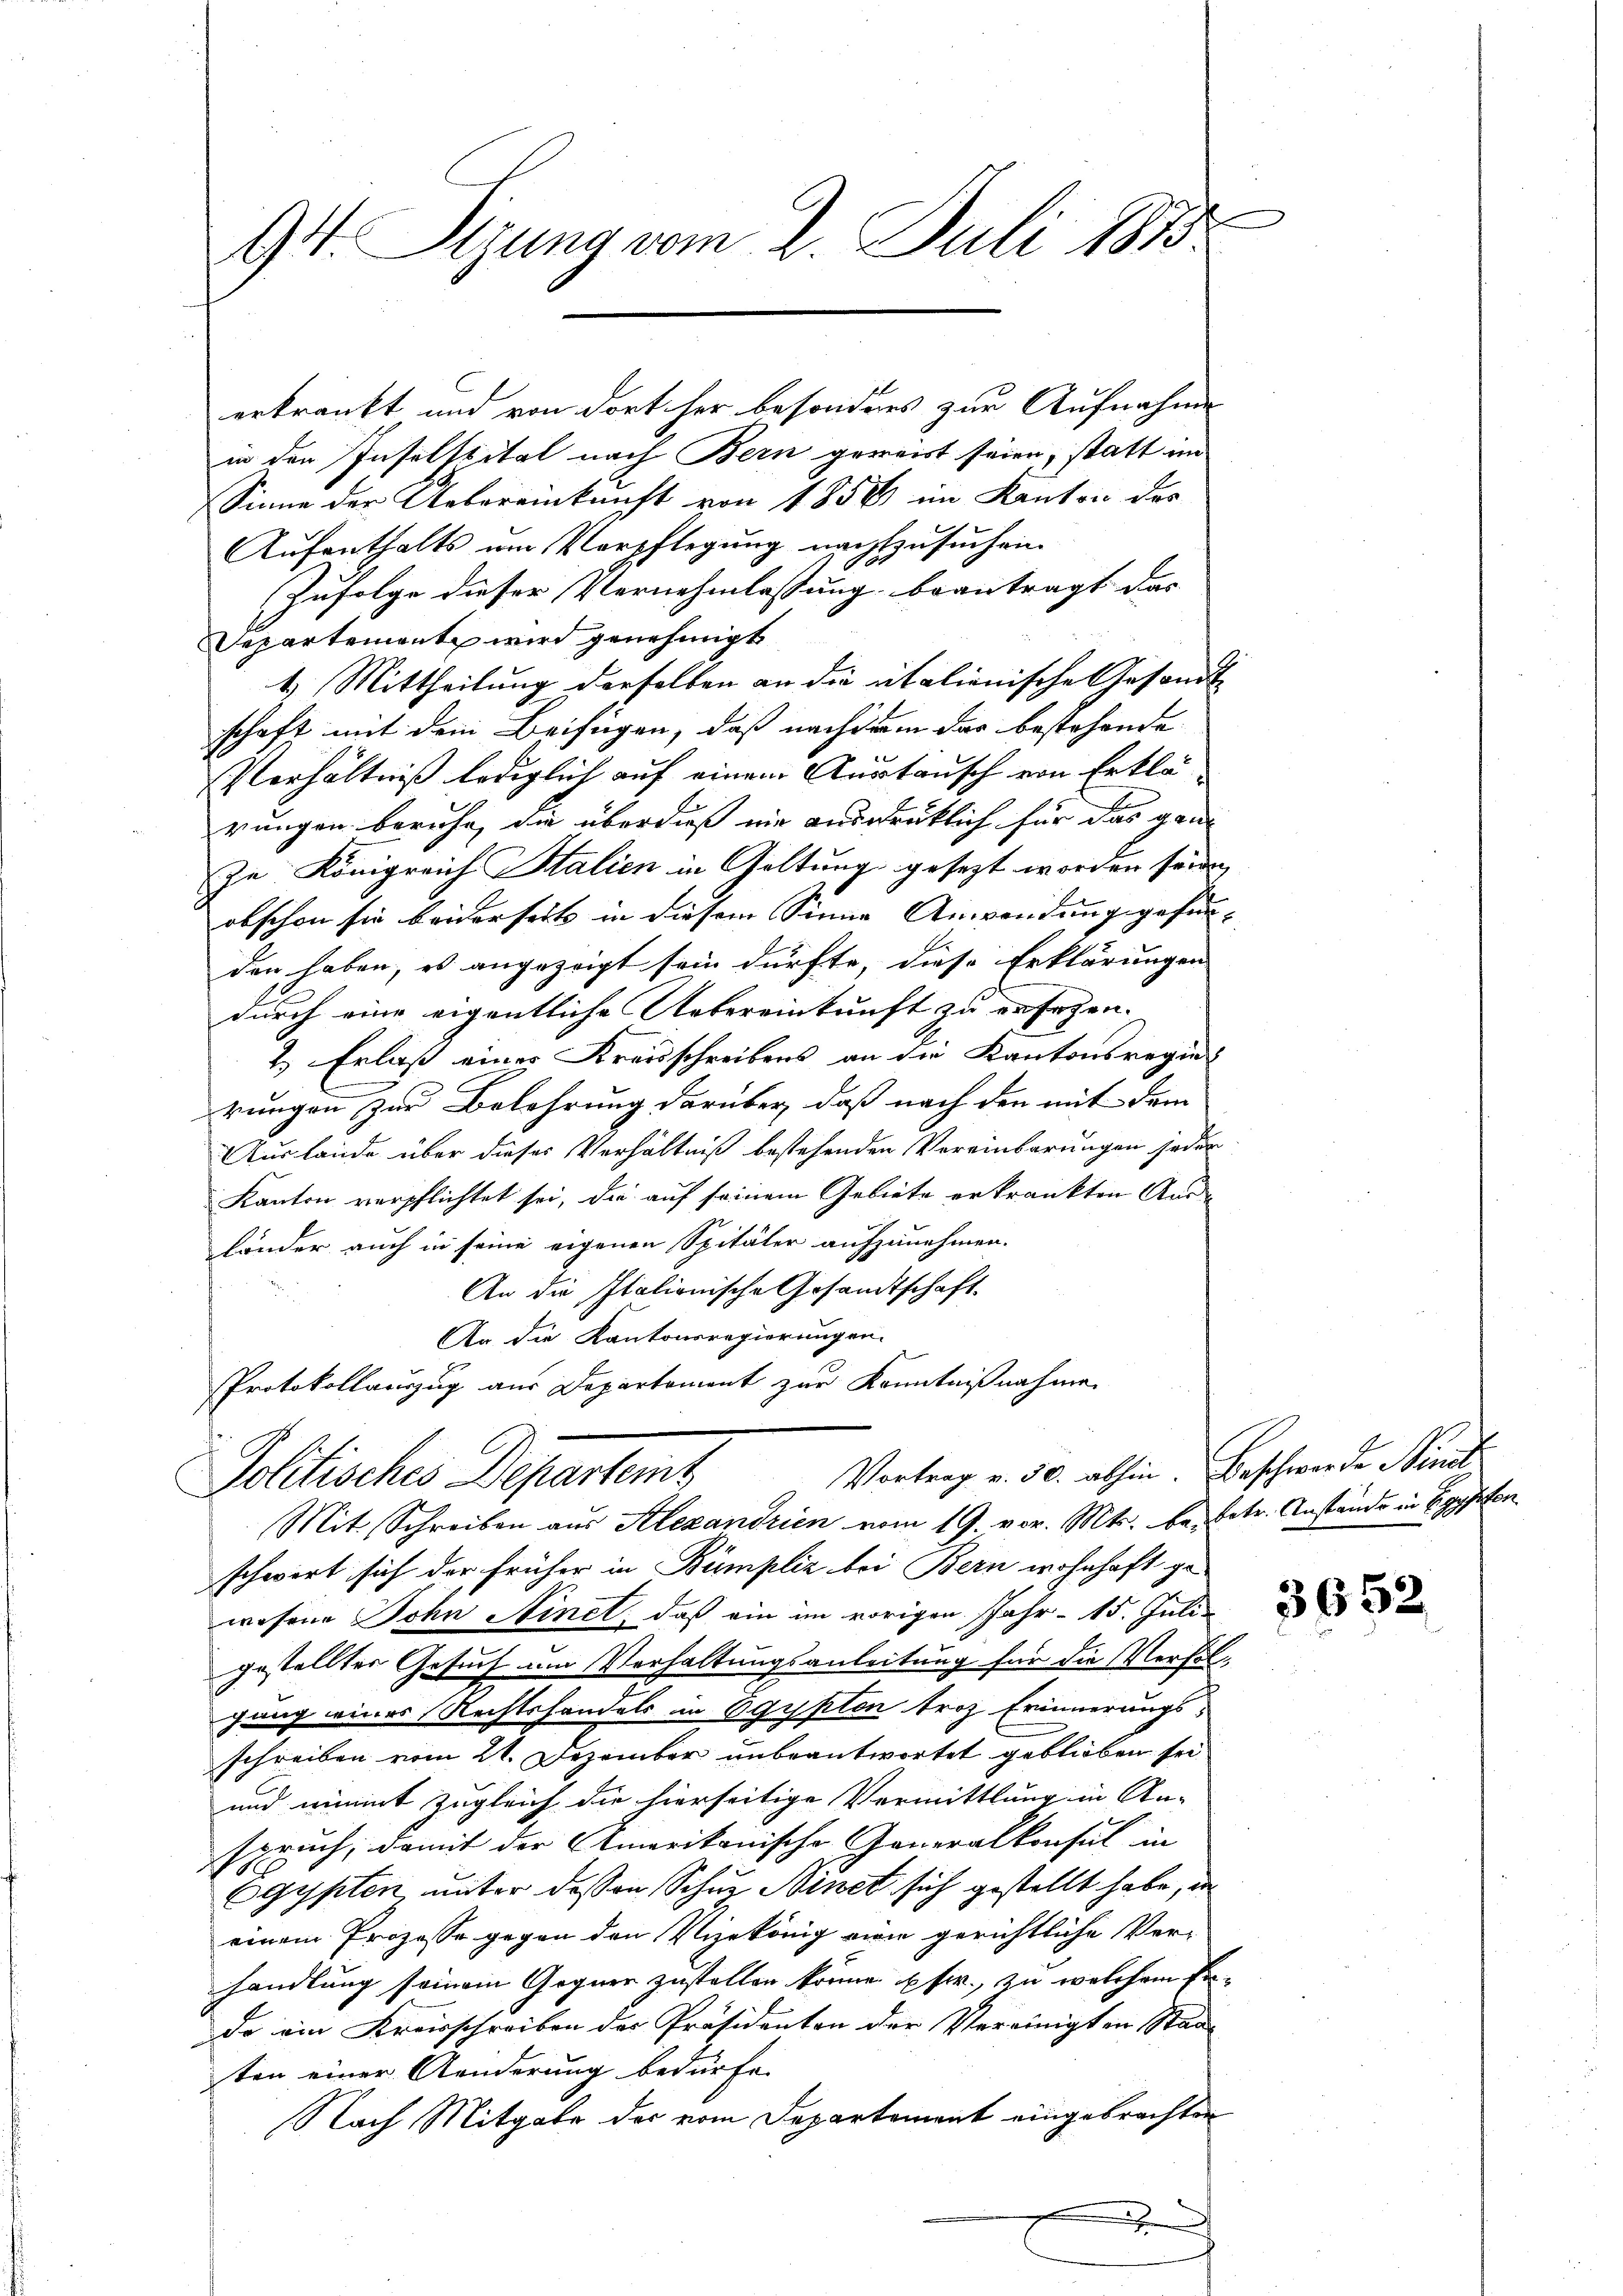
94. Sigung vom 2. Juli 1875

erkrankt und von dort her besonderes zur Aufnahme
in den Inselspital nach Bern geweist seien, statt im
Sinne der Uebereinkunft von 1850 im Kanton des
Aufenthalts um Verpflegung nachzusuchen
Zufolge dieser Vernehmlassung beantragt das
Departement wird genehmigt
1.) Mittheilung derselben an die italienische Gesandt
schaft mit dem Beifügen, daß nachdem das bestehende
Verhältniß lediglich auf einem Austausch von Erklärungen beruhe, die überdieß nie ausdrücklich für das ganz
In Königreich Italien in Geltung gesezt worden senden,
obschon sie beiderseits in diesem Sinne Anwendung gefun-
den haben, es angezeigt sein dürfte, diese Erklärungen
durch eine eigentliche Uebereinkunft zu ersehen.
2.) Erlaß eines Kreisschreibens an die Kantonsregier
rungen zur Belehrung darüber, daß nach den mit dem
Auslände über dieses Verhältniß bestehenden Vereinbarungen jeder
Kanton verpflichtet sei, die auf seinem Gebiete erkränkten Ausländer auch in seine eigenen Spitäler aufzunehmen.
An die Italionische Gesandtschaft.
An die Kantonsregierungen.
Protokollauszug aus Departement zur Kenntnißnahmen
Vortrag v. 30. abhin. Beschwerde Bind
Politisches Departemt
Mit Schreiben aus Alexandrien vom 19. vor. Mts. be- betr. Anstände in Egypten
schwert sich der früher in Bümpliz bei Bern wohnhaft ge-
wesene Sohn Ainet, daß ein im vorigen Jahr 15. Juli
gestellter Gesuch am Verhaltungsanleitung für die Verfolgung eines Rechtshandels in Ogypten troz Erinnerungs-
schreiben vom 21. Dezember unbeantwortet geblieben sei.
und nimmt zugleich die hierseitige Vermittlung in An-
spruch, damit der Amerikanische Generalkonsul in
Egypten unter dessen Schuz Binet sich gestellt habe, da
einem Prozesse gegen den Vizekönig eine gerichtliche Ver-
handlung seinem Gegner zustellen könne pfr., zu welchem Erda ein Kreisschreiben des Präsidenten der Vereinigten Staa
sten einer Aenderung bedürfe.
Nach Mitgabe der vom Departement eingebrachten
x

3652